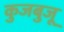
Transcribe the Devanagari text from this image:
कुजबुजू